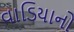
વાડિયાનો